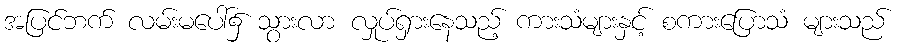
အပြင်ဘက် လမ်းမပေါ်၌ သွားလာ လှုပ်ရှားနေသည့် ကားသံများနှင့် စကားပြောသံ များသည်